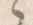
之